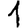
Digit: 1